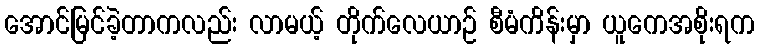
အောင်မြင်ခဲ့တာကလည်း လာမယ့် တိုက်လေယာဉ် စီမံကိန်းမှာ ယူကေအစိုးရက